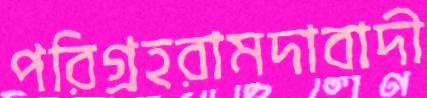
পরিগ্রহরামদাবাদী